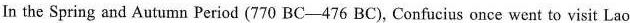
In the Spring and Autumn Period (770 BC——476 BC), Confucius once went to visit Lao